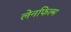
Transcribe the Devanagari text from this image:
लेनफिल्म